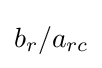
b_{r}/a_{rc}